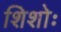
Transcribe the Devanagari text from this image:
शिशोः